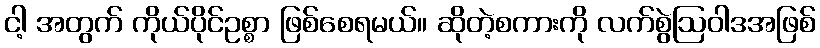
ငါ့ အတွက် ကိုယ်ပိုင်ဥစ္စာ ဖြစ်စေရမယ်။ ဆိုတဲ့စကားကို လက်စွဲဩဝါဒအဖြစ်